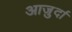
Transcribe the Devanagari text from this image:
आजु़र्दा